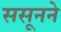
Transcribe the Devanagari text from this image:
ससूनने